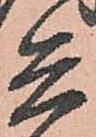
兵